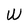
Character: W